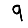
Digit: 9